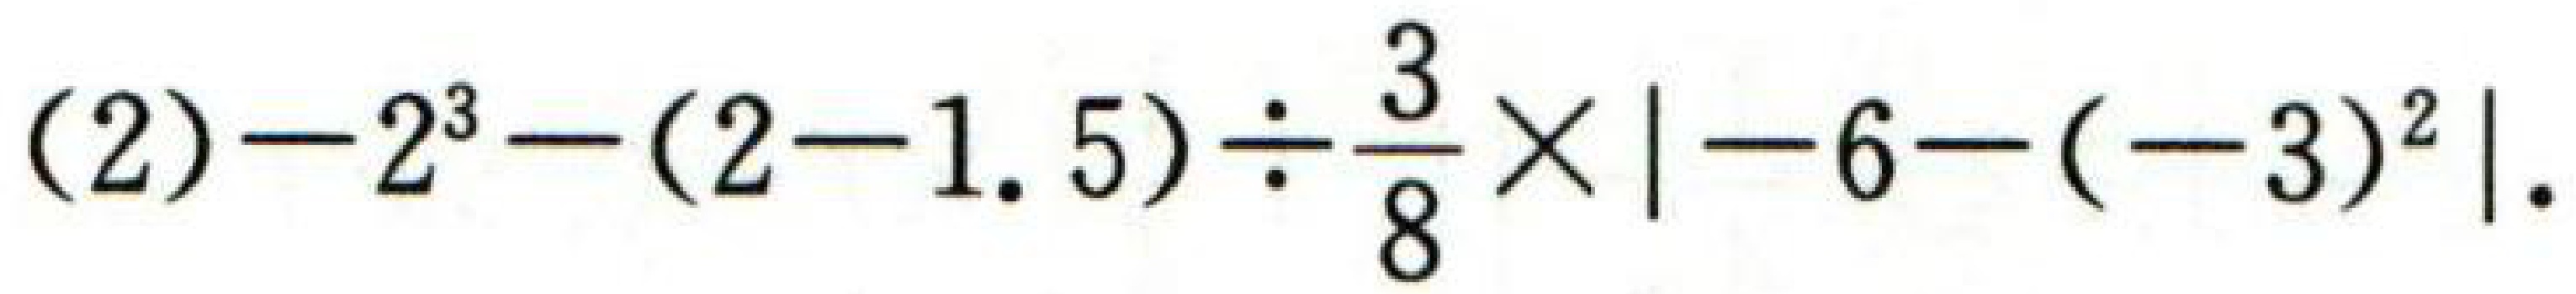
\((2)-2^{3}-(2 - 1.5)\div\frac{3}{8}\times|-6-(-3)^{2}|\)